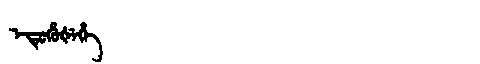
Manchu: ᡝᡨᡠᡥᡠᡧᡝᡥᡝ
Romanization: ETUHUŠEHE